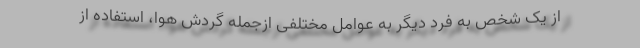
از یک شخص به فرد دیگر به عوامل مختلفی ازجمله گردش هوا، استفاده از